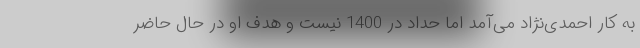
به کار احمدی‌نژاد می‌آمد اما حداد در 1400 نیست و هدف او در حال حاضر